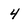
Character: 4